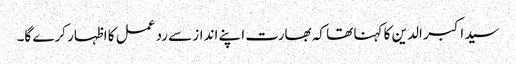
سید اکبر الدین کا کہنا تھا کہ بھارت اپنے انداز سے رد عمل کا اظہار کرے گا۔